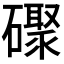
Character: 𪿼